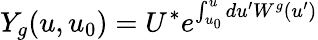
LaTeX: Y_{g}(u,u_{0})=U^{*}e^{\int_{u_{0}}^{u}du^{\prime}W^{g}(u^{\prime})}